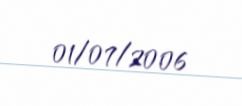
01/07/2006